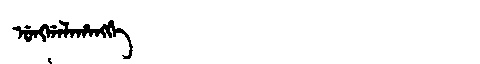
Manchu: ᡠᠩᡤᠠᠯᠠᡥᠠᠩᡤᡝ
Romanization: UNGGALAHANGGE